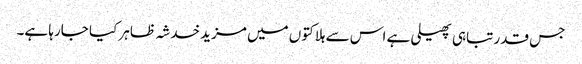
جس قدر تباہی پھیلی ہے اس سے ہلاکتوں میں مزید خدشہ ظاہر کیا جارہا ہے۔